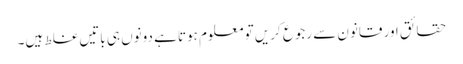
حقائق اور قانون سے رجوع کریں تو معلوم ہوتا ہے دونوں ہی باتیں غلط ہیں۔